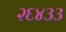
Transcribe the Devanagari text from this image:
२६४३३